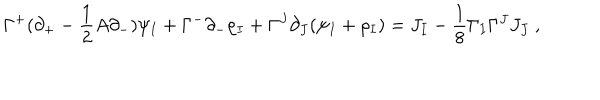
LaTeX: \Gamma ^ { + } ( \partial _ { + } - \frac { 1 } { 2 } A \partial _ { - } ) \psi _ { I } + \Gamma ^ { - } \partial _ { - } \rho _ { I } + \Gamma ^ { J } \partial _ { J } ( \psi _ { I } + \rho _ { I } ) = J _ { I } - \frac { 1 } { 8 } \Gamma _ { I } \Gamma ^ { J } J _ { J } ~ ,